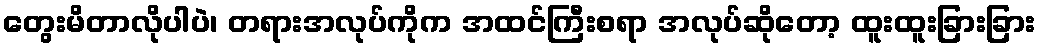
တွေးမိတာလိုပါပဲ၊ တရားအလုပ်ကိုက အထင်ကြီးစရာ အလုပ်ဆိုတော့ ထူးထူးခြားခြား